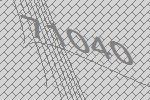
71040